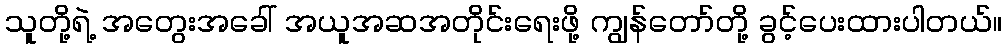
သူတို့ရဲ့ အတွေးအခေါ် အယူအဆအတိုင်းရေးဖို့ ကျွန်တော်တို့ ခွင့်ပေးထားပါတယ်။